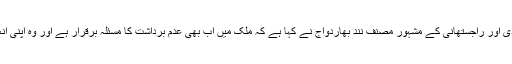
عدم برداشت کے معاملے پر ساہتیہ اکادمی ایوارڈ واپس کرنے والے ہندی اور راجستھانی کے مشہور مصنف نند بھاردواج نے کہا ہے کہ ملک میں اب بھی عدم برداشت کا مسئلہ برقرار ہے اور وہ اپنی انعامی رقم کو اس مسئلے کے خلاف لڑنے والوں کو عطیہ میں دیں گے ۔